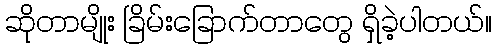
ဆိုတာမျိုး ခြိမ်းခြောက်တာတွေ ရှိခဲ့ပါတယ်။